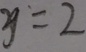
y = 2